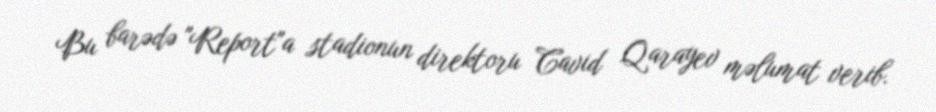
Bu barədə "Report"a stadionun direktoru Cavid Qarayev məlumat verib.